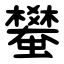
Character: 蠜